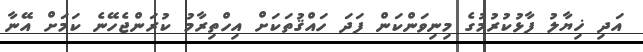
އަދި ޚިޔާލު ފާޅުކުރުމުގެ މިނިވަންކަން ފަދަ ހައްޤުތަކަށް އިހްތިރާމު ކުރަންޖެހޭނެ ކަމަށް އޭނާ